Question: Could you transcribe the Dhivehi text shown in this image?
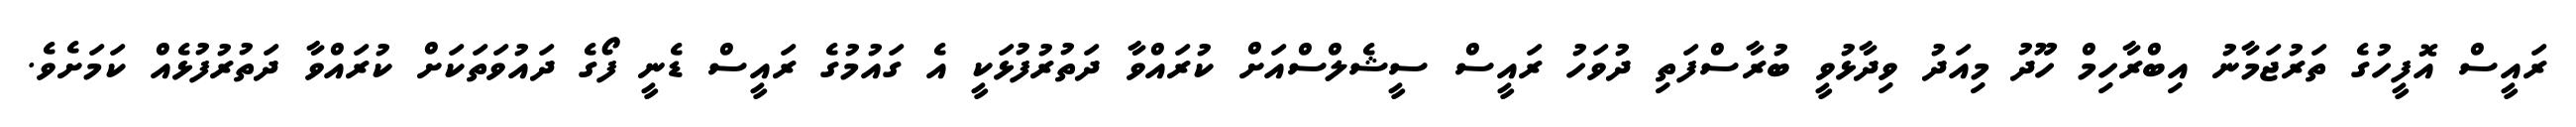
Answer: ރައީސް އޮފީހުގެ ތަރުޖަމާނު އިބްރާހިމް ހޫދު މިއަދު ވިދާޅުވީ ބުރާސްފަތި ދުވަހު ރައީސް ސީޝެލްސްއަށް ކުރައްވާ ދަތުރުފުޅަކީ އެ ގައުމުގެ ރައީސް ޑެނީ ފޯގެ ދައުވަތަކަށް ކުރައްވާ ދަތުރުފުޅެއް ކަމަށެވެ.